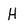
Character: H